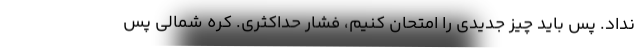
نداد. پس باید چیز جدیدی را امتحان کنیم، فشار حداکثری. کره شمالی پس